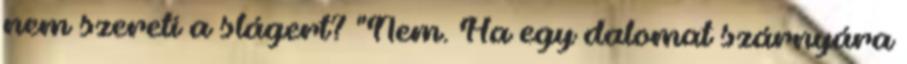
nem szereti a slágert? "Nem. Ha egy dalomat szárnyára